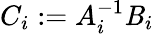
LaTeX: C_{i}:=A_{i}^{-1}\mathit{B}_{i}